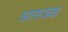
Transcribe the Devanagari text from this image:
आराजक